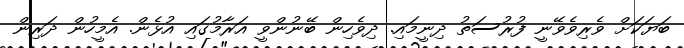
ބަޔަކަށް ވެރިވެވޭނީ ފުރުސަތު ދިނީމައި. ދިވެހިން ބޭނުންވީ އަރާމުގައި އުޅެން. އެމީހުން ދަރިން